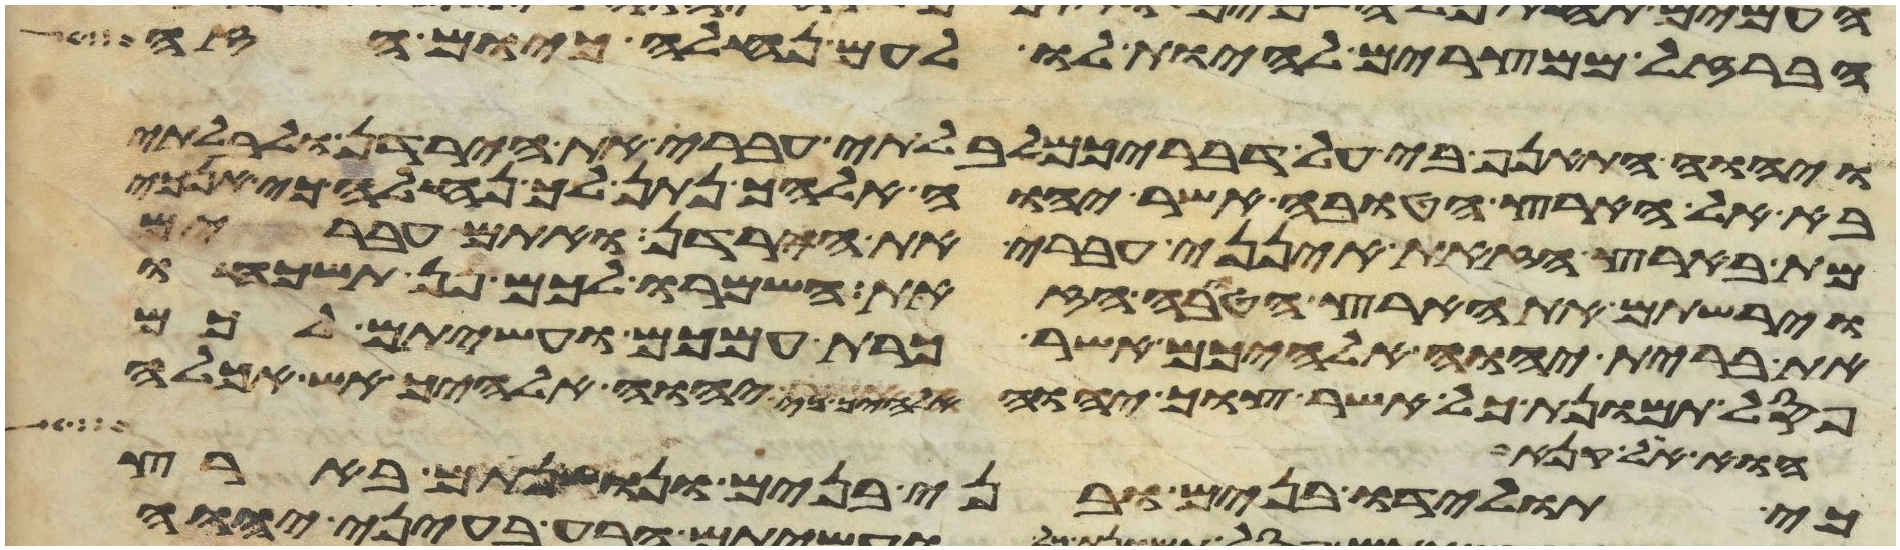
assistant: הברזל ממצרים להיות לו לעם נחלה כיום הזה
ויהוה התאנף בי על דבריכם לבלתי עברי את הירדן ולבלתי
בא אל הארץ הטובה אשר יהוה אלהיך נתן לך נחלה כי אנכי
מת בארץ הזאת אינני עבר את הירדן ואתם עברים
וירשתם את הארץ הטובה הזאת השמרו לכם פן תשכחו
את ברית יהוה אלהיכם אשר כרת עמכם ועשיתם לכם
פסל תמונת כל אשר צוך יהוה אלהיך כי יהוה אלהיך אש אכלה
הוא אל קנא
כי תולידו בנים ובני בנים ונושנתם בארץ